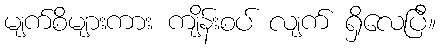
မျက်စိများကား ကျိန်းစပ် လျက် ရှိလေပြီ။